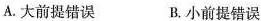
A.大前提错误 B.小前提错误